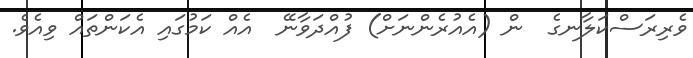
ވެރިރަސްކަލާނގެ  ން (އެއުރެންނަށް) ފުއްދަވާނޭ  އެއް ކަމުގައި އެކަންތައް ވިއެވެ.